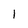
Character: l